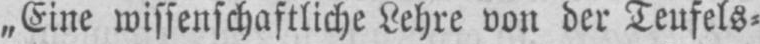
„Eine wissenschaftliche Lehre von der Teufels⸗